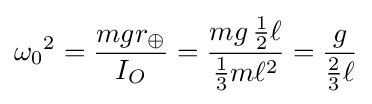
{\omega _{0}}^{2}={\frac {mgr_{\oplus }}{I_{O}}}={\frac {mg\,{\frac {1}{2}}\ell }{{\frac {1}{3}}m\ell ^{2}}}={\frac {g}{{\frac {2}{3}}\ell }}